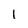
Character: 1